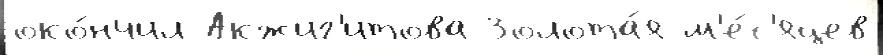
око́нчил Акжиг'итова Золота́я м'е́с'яцев